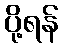
ပို့ရန်